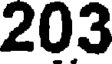
203